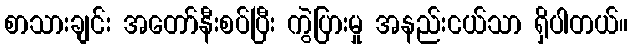
စာသားချင်း အတော်နီးစပ်ပြီး ကွဲပြားမှု အနည်းငယ်သာ ရှိပါတယ်။